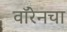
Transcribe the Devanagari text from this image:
वॉरेनचा